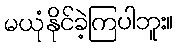
မယုံနိုင်ခဲ့ကြပါဘူး။